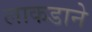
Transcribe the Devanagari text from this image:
लाकडाने